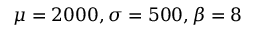
\mu = 2 0 0 0 , \sigma = 5 0 0 , \beta = 8